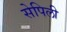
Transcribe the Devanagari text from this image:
सेपिली